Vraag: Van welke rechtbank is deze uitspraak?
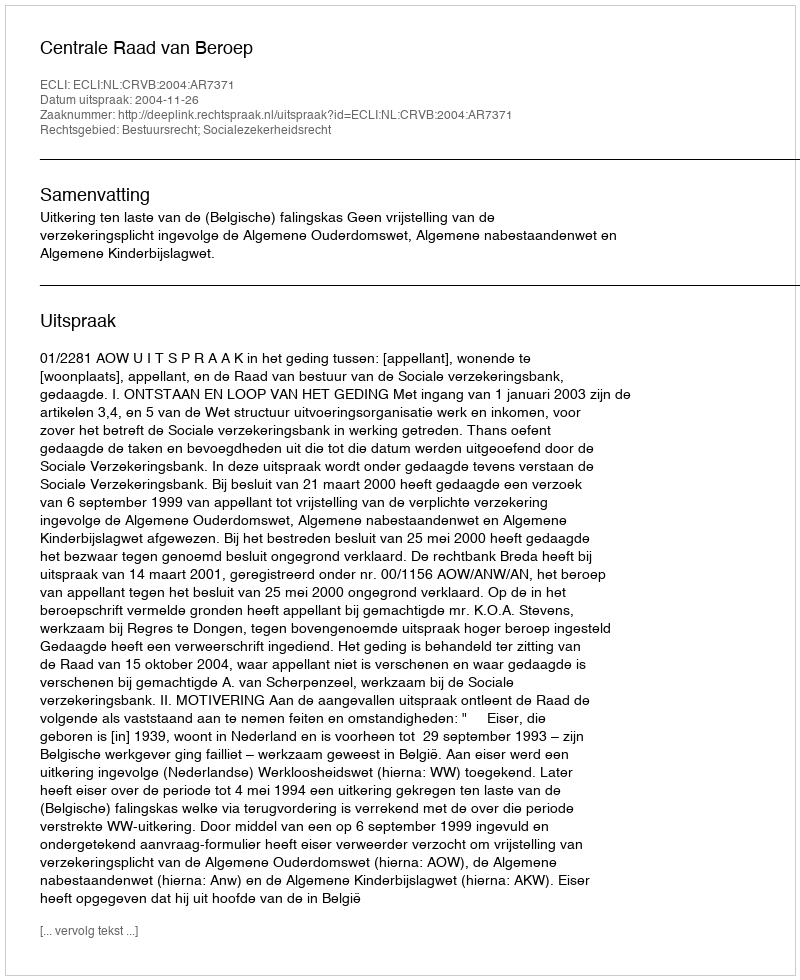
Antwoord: Centrale Raad van Beroep